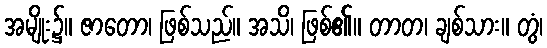
အမျိုး၌။ ဇာတော၊ ဖြစ်သည်။ အသိ၊ ဖြစ်၏။ တာတ၊ ချစ်သား။ တွံ၊